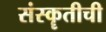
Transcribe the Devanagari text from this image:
संस्कॄतीची